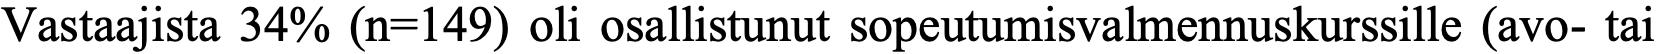
Vastaajista 34% (n=149) oli osallistunut sopeutumisvalmennuskurssille (avo- tai